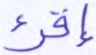
إقرء